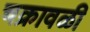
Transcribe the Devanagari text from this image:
चक्रावळी